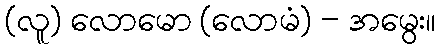
(လူ) လောမော (လောမံ) - အမွေး။